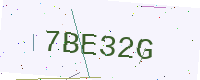
Text: 7BE32G